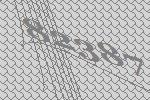
82387